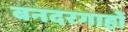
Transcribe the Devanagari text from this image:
बनदरगाहों